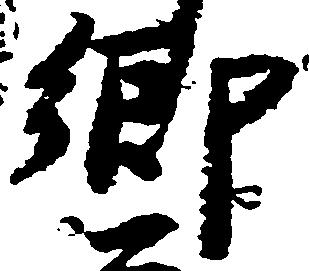
郷